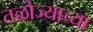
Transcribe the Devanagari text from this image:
तळोज्याच्या